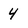
Character: 4